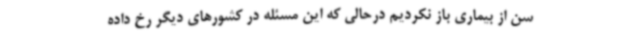
سن از بیماری باز نکردیم درحالی که این مسئله در کشورهای دیگر رخ داده